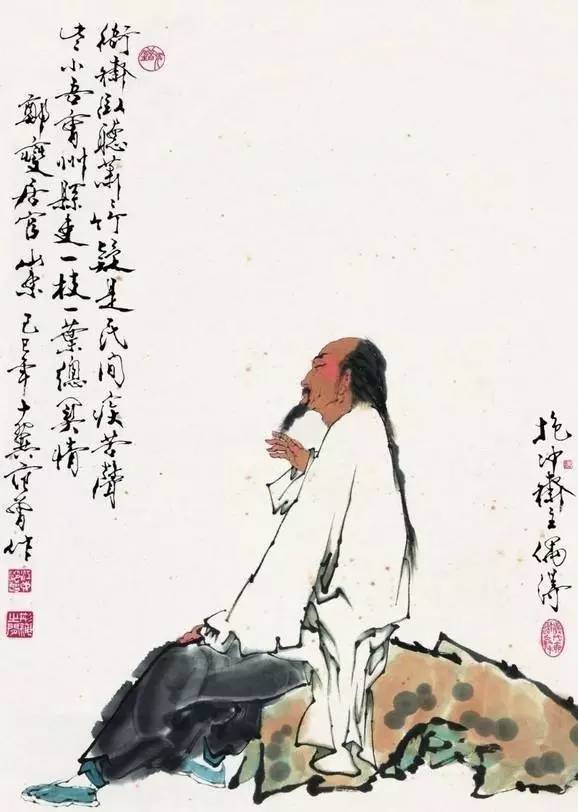
春朝秋夜思君甚，愁见绣屏孤枕。